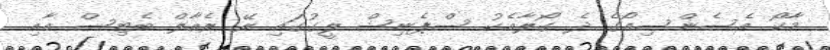
މާކޯ އެސެންސިއޯގެ ދެ ގޯލާއެކު ސްޕެނިޝް ލީގުގައި ރޭ ރެއާލް ބެޓިސް އާއި